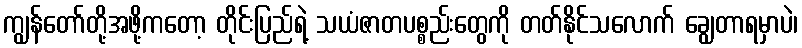
ကျွန်တော်တို့အဖို့ကတော့ တိုင်းပြည်ရဲ့ သယံဇာတပစ္စည်းတွေကို တတ်နိုင်သလောက် ချွေတာရမှာပဲ၊